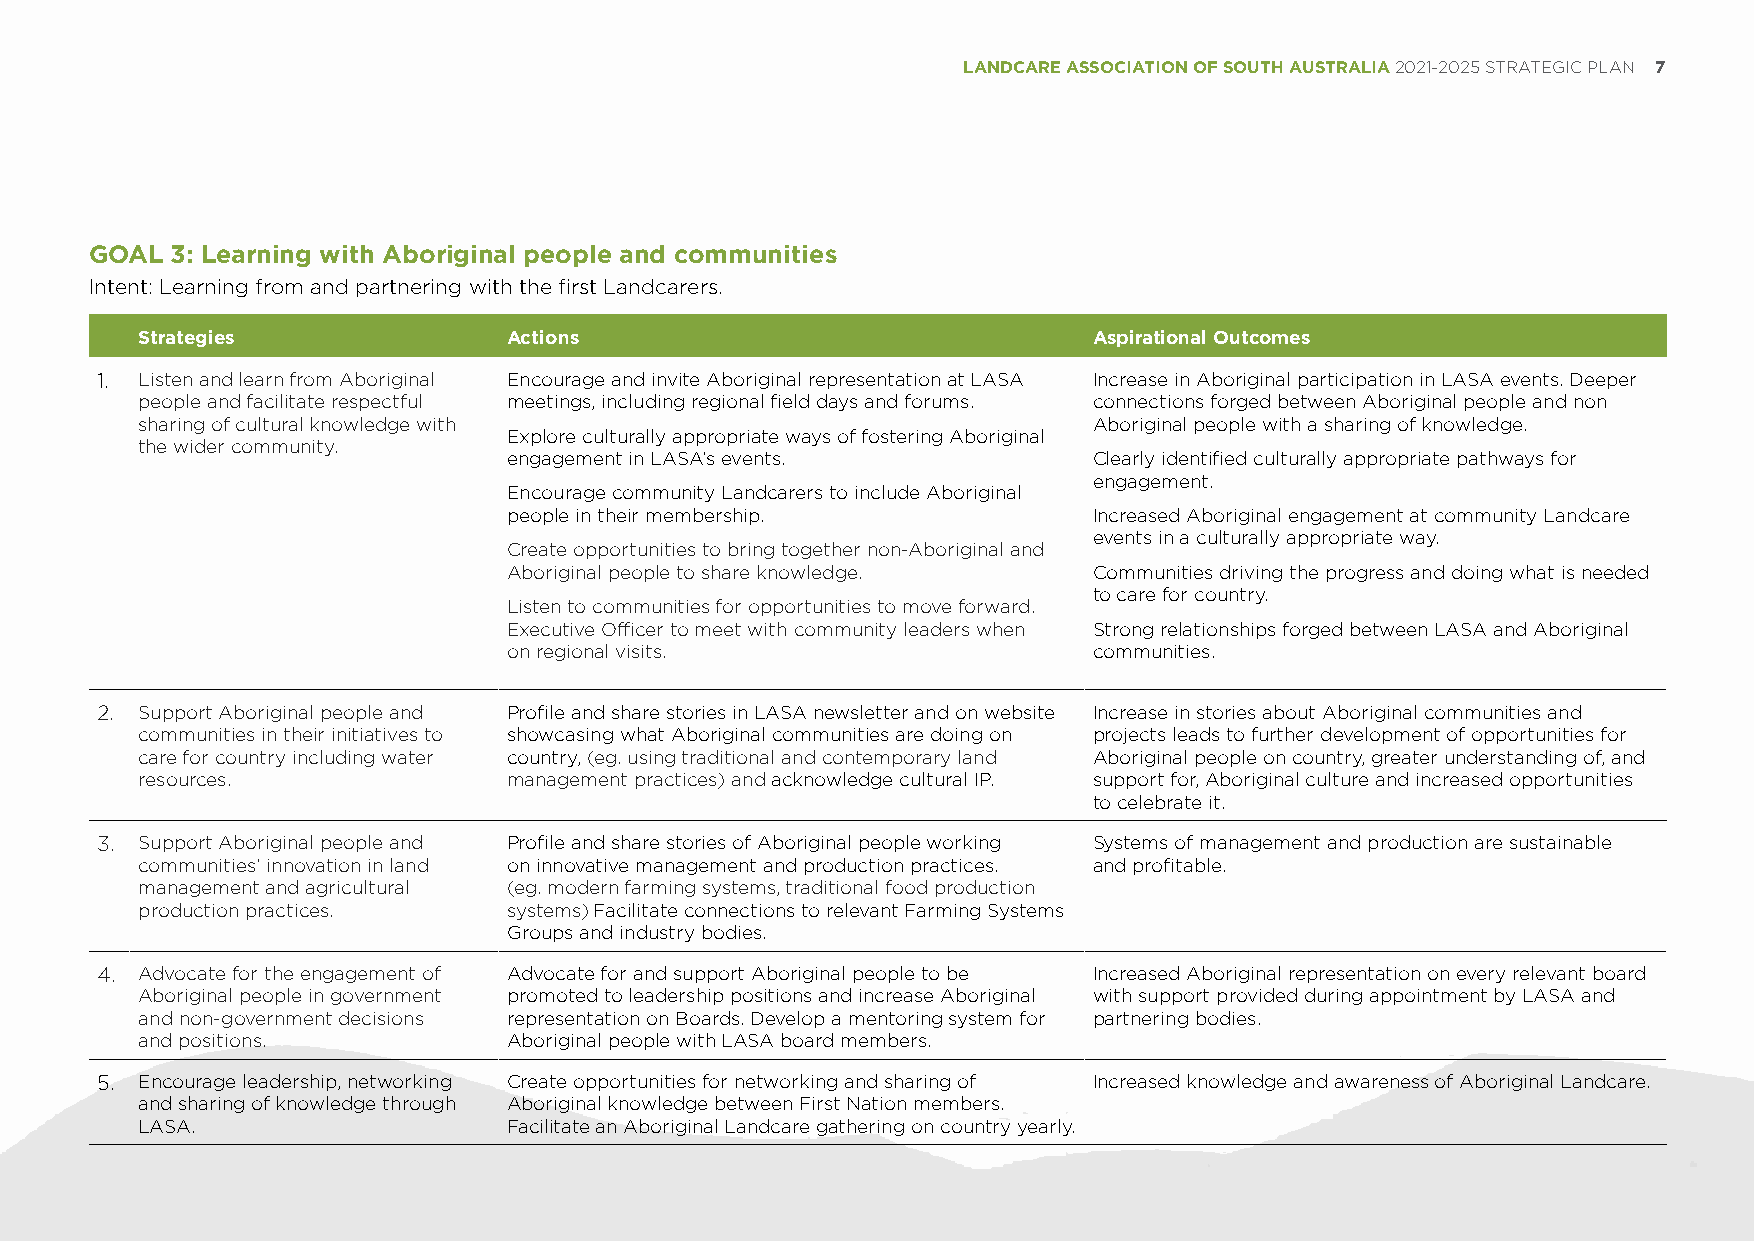
LANDCARE ASSOCIATION OF SOUTH AUSTRALIA 2021-2025 STRATEGIC PLAN 7
 GOAL 3: Learning with Aboriginal people and communities
 Intent: Learning from and partnering with the first Landcarers.
 Strategies               Actions                               Aspirational Outcomes
 1. Listen and learn from Aboriginal Encourage and invite Aboriginal representation at LASA Increase in Aboriginal participation in LASA events. Deeper
 people and facilitate respectful meetings, including regional field days and forums. connections forged between Aboriginal people and non
 sharing of cultural knowledge with                             Aboriginal people with a sharing of knowledge.
 Explore culturally appropriate ways of fostering Aboriginal
 the wider community.
 engagement in LASA’s events.          Clearly identified culturally appropriate pathways for
 engagement.
 Encourage community Landcarers to include Aboriginal
 people in their membership.           Increased Aboriginal engagement at community Landcare
 events in a culturally appropriate way.
 Create opportunities to bring together non-Aboriginal and
 Aboriginal people to share knowledge. Communities driving the progress and doing what is needed
 to care for country.
 Listen to communities for opportunities to move forward.
 Executive Officer to meet with community leaders when Strong relationships forged between LASA and Aboriginal
 on regional visits.                   communities.
 2. Support Aboriginal people and Profile and share stories in LASA newsletter and on website Increase in stories about Aboriginal communities and
 communities in their initiatives to showcasing what Aboriginal communities are doing on projects leads to further development of opportunities for
 care for country including water country, (eg. using traditional and contemporary land Aboriginal people on country, greater understanding of, and
 resources.               management practices) and acknowledge cultural IP. support for, Aboriginal culture and increased opportunities
 to celebrate it.
 3. Support Aboriginal people and Profile and share stories of Aboriginal people working Systems of management and production are sustainable
 communities’ innovation in land on innovative management and production practices. and profitable.
 management and agricultural (eg. modern farming systems, traditional food production
 production practices.    systems) Facilitate connections to relevant Farming Systems
 Groups and industry bodies.
 4. Advocate for the engagement of Advocate for and support Aboriginal people to be Increased Aboriginal representation on every relevant board
 Aboriginal people in government promoted to leadership positions and increase Aboriginal with support provided during appointment by LASA and
 and non-government decisions representation on Boards. Develop a mentoring system for partnering bodies.
 and positions.           Aboriginal people with LASA board members.
 5. Encourage leadership, networking Create opportunities for networking and sharing of Increased knowledge and awareness of Aboriginal Landcare.
 and sharing of knowledge through Aboriginal knowledge between First Nation members.
 LASA.                    Facilitate an Aboriginal Landcare gathering on country yearly.